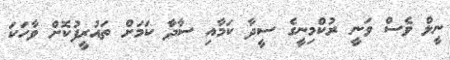
ނީލް ވެސް ވަނީ ރުކްމިނީގެ ސީދާ ކަމާއި ސާދާ ކަމަށް ތައުރީފުކޮށް ވާހަކަ